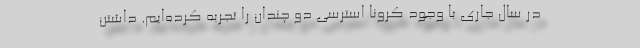
در سال جاری با وجود کرونا استرسی دو چندان را تجربه کرده‌ایم. داشتن